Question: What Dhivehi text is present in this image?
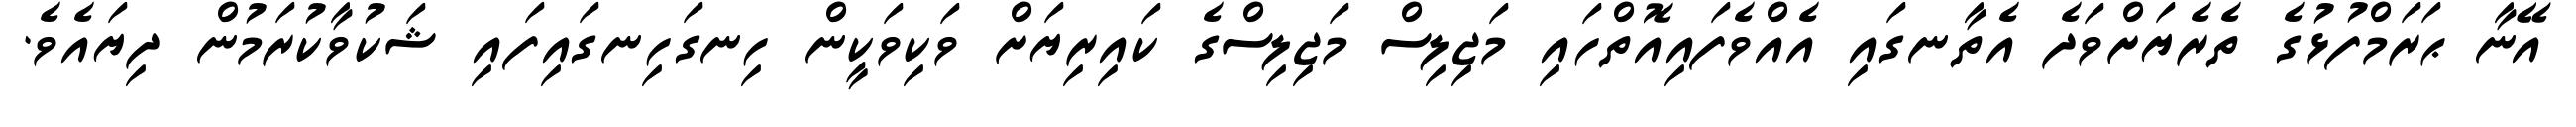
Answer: އޭނާ ޙަރަމްފުޅުގެ ތެރެޔަށްވަދެ އެތާނގައި އެއްވެފައިއޮތްހައި މަޖިލިސް މަޖިލިސްގެ ކައިރިޔަށް ވަކިވަކީން ހިނގަހިނގައިފައި ޝަކުވާކުރަމުން ދިޔައެވެ.